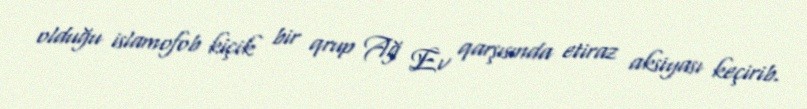
olduğu islamofob kiçik bir qrup Ağ Ev qarşısında etiraz aksiyası keçirib.